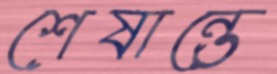
শেষান্তে